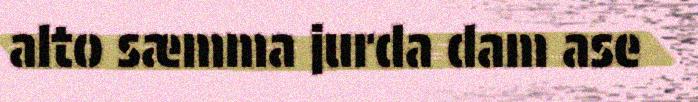
alto sæmma jurda dam ase